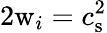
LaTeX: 2\mathrm{w}_{i}=c_{\mathrm{s}}^{2}